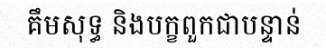
គឹមសុទ្ធ និងបក្ខពួកជាបន្ទាន់